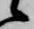
候